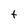
Character: t